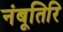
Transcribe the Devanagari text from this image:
नंबूतिरि